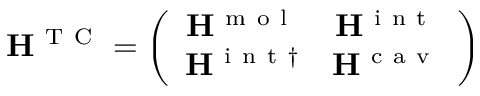
{ \bf { H } } ^ { \mathrm { ~ T ~ C ~ } } = \left( \begin{array} { c c } { { \bf { H } } ^ { \mathrm { ~ m ~ o ~ l ~ } } } & { { \bf { H } } ^ { \mathrm { ~ i ~ n ~ t ~ } } } \\ { { \bf { H } } ^ { \mathrm { ~ i ~ n ~ t ~ } \dagger } } & { { \bf { H } } ^ { \mathrm { ~ c ~ a ~ v ~ } } } \end{array} \right)